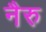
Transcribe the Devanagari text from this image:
नैरु